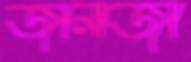
জানাজা